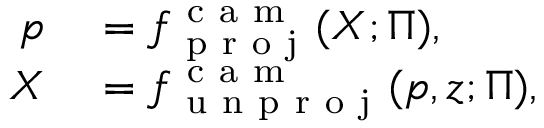
\begin{array} { r l } { p } & { { } = f _ { \mathrm { ~ p ~ r ~ o ~ j ~ } } ^ { \mathrm { ~ c ~ a ~ m ~ } } ( X ; \Pi ) , } \\ { X } & { { } = f _ { \mathrm { ~ u ~ n ~ p ~ r ~ o ~ j ~ } } ^ { \mathrm { ~ c ~ a ~ m ~ } } ( p , z ; \Pi ) , } \end{array}